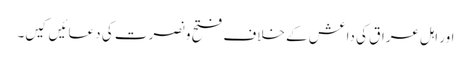
اور اہل عراق کی داعش کے خلاف فتح و نصرت کی دعائیں کیں۔